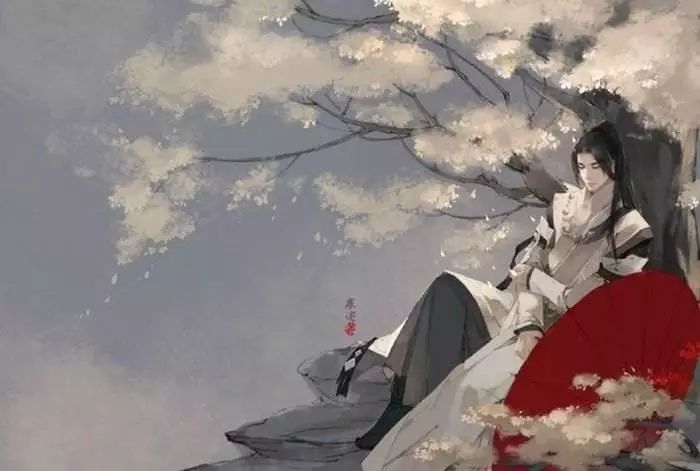
新寒中酒敲窗雨，残香细袅秋情绪。